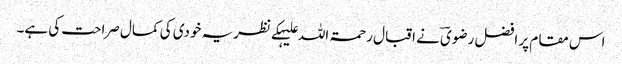
اس مقام پر افضل رضویؔ نے اقبال رحمۃ اللہ علیہکے نظریہ خودی کی کمال صراحت کی ہے۔